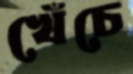
খেঁচে